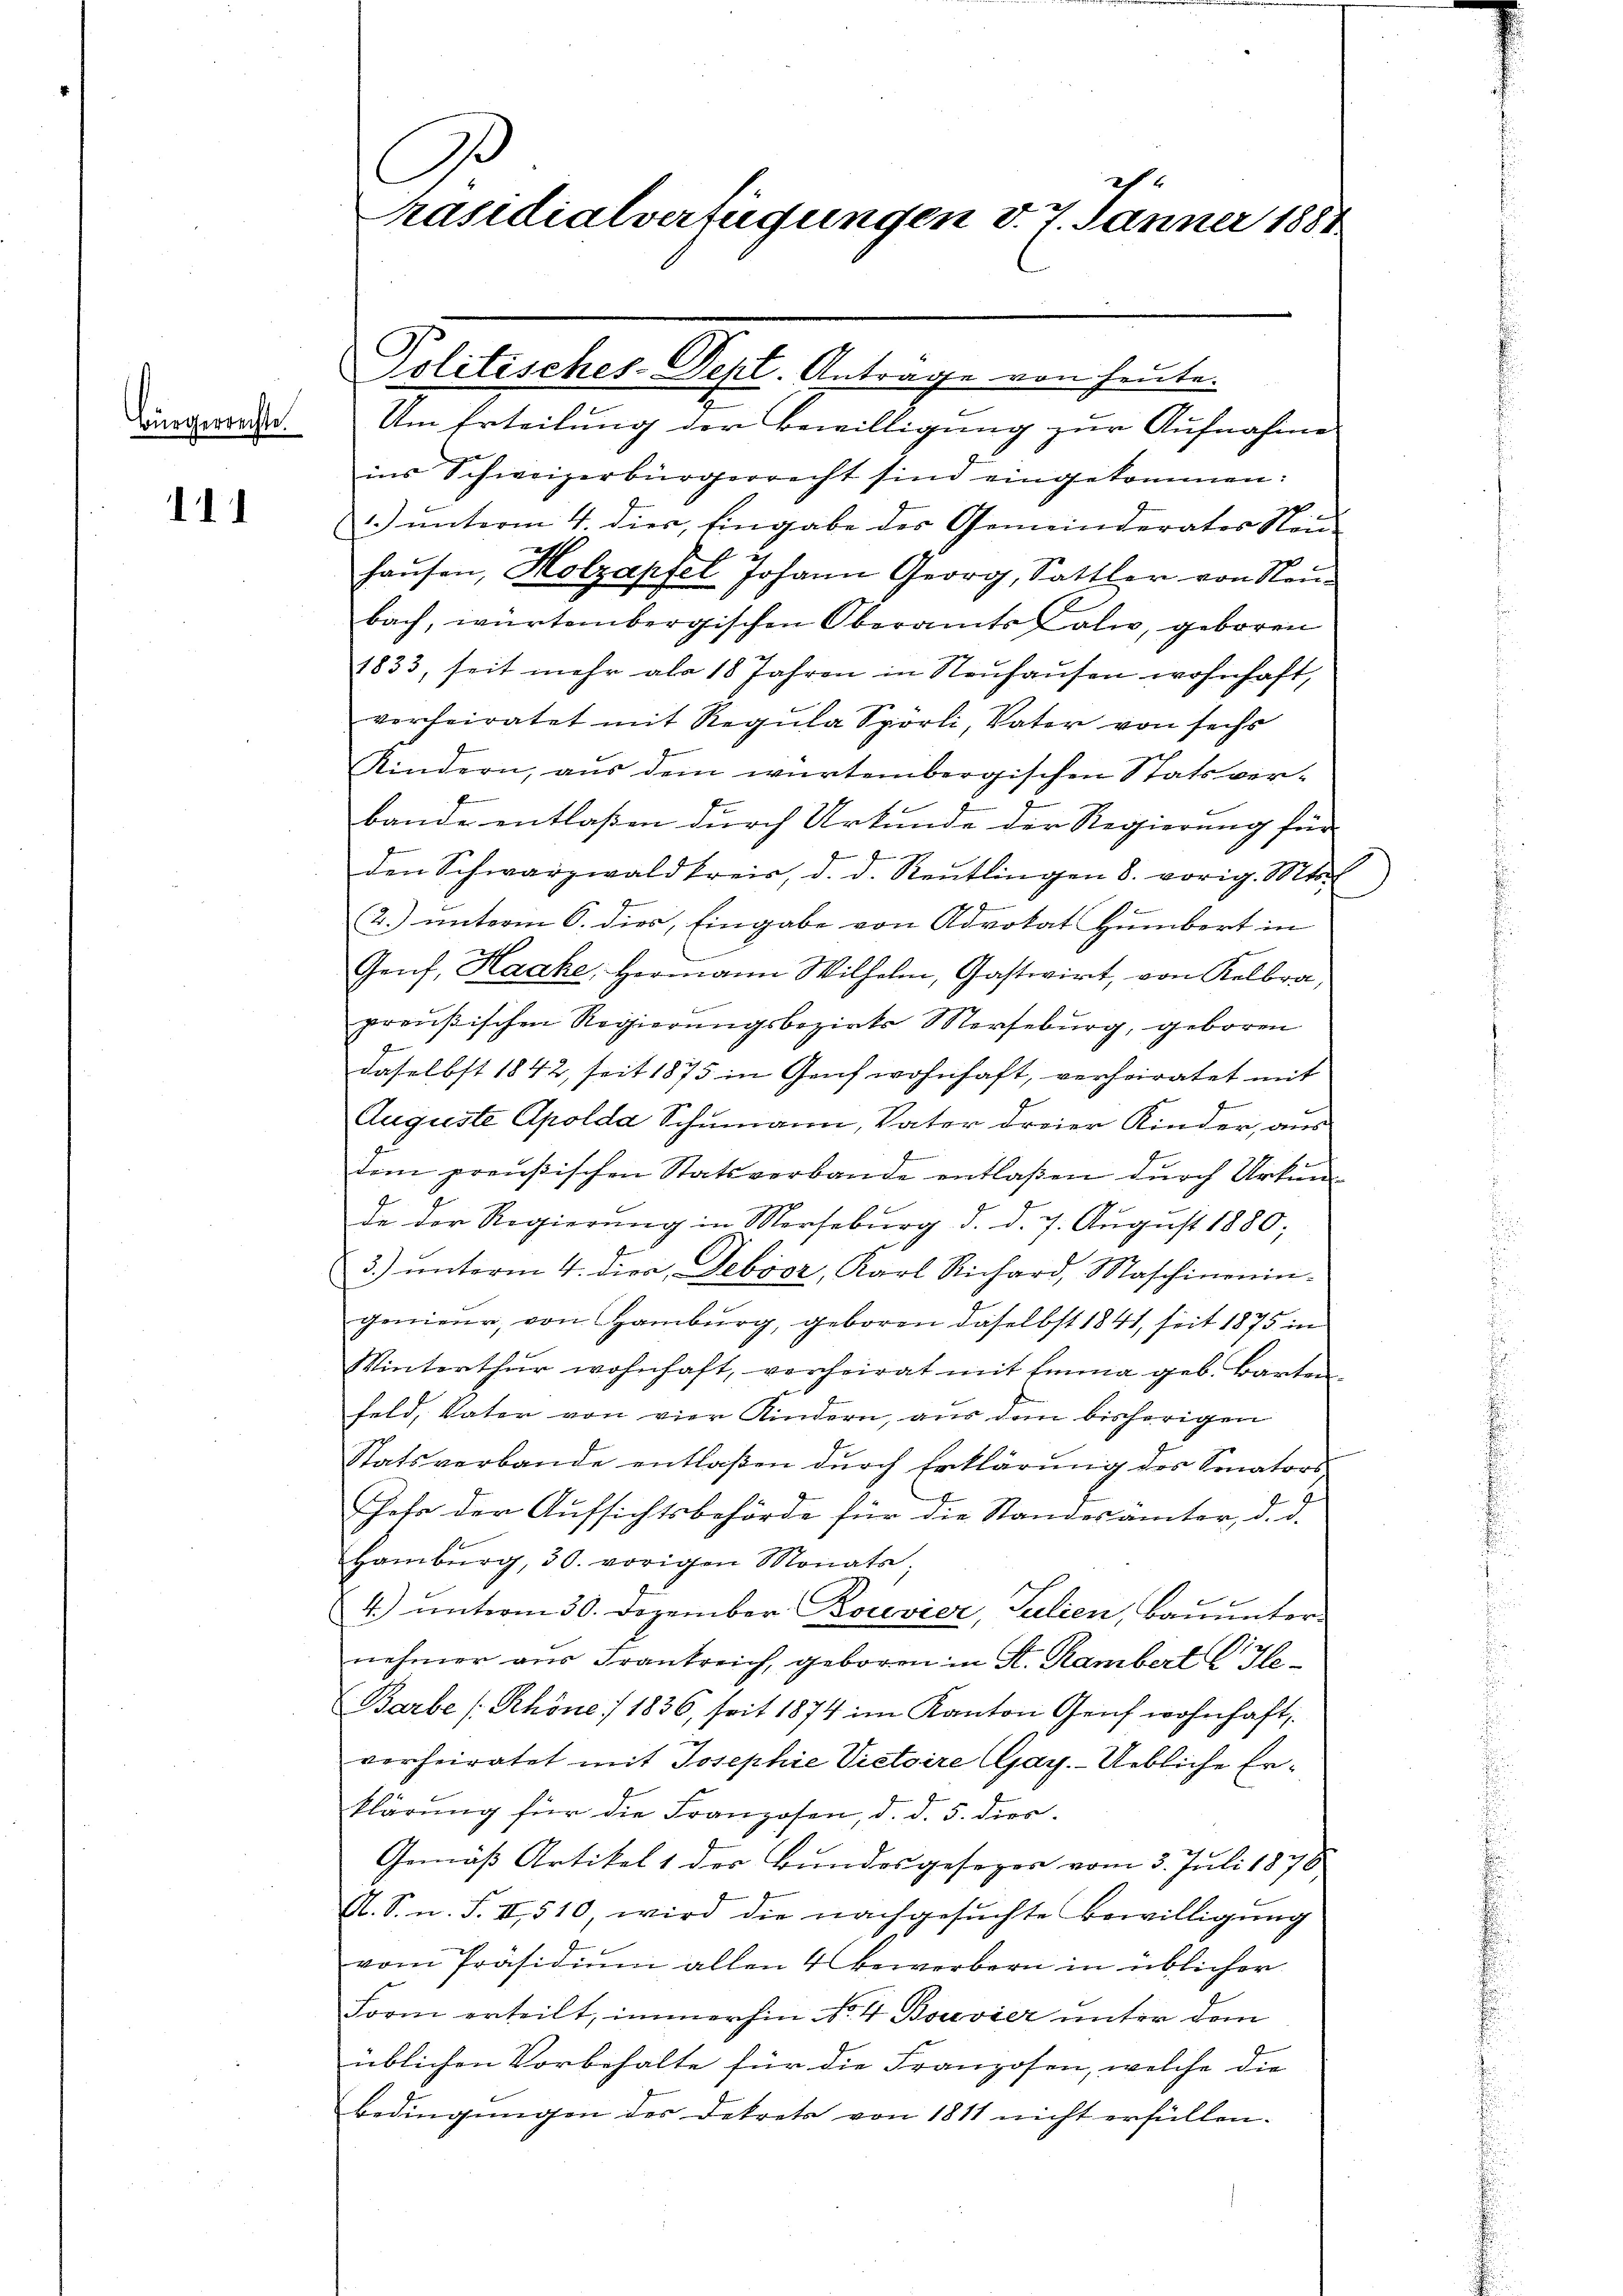
Bürgerrechte.

111

Um Erteilung der Bewilligung zur Aufnahme
ins Schweizerbürgerrecht sind eingekommen:
1) unterm 4. dies, Eingabe des Gemeinderates Neu-
haŭsen, Holzapfel Johann Georg, Sattler von Neŭ-
bach, würtembergischen Oberamts Cali, geboren
1833, seit mehr als 18 Jahren in Neuhausen wohnhaft,
verheiratet mit Regula Spörli, Vater von sechs
Kindern, aus dem würtembergischen Statsver-
e
bande entlassen durch Urkunde der Regierung für
.
den Schwarzwaldkreis, d. d. Reutlingen 8. vorig. Mts
2.) unterm 6. dies, Eingabe von Advokat Humbert in
Genf, Haake, Hermann Wilhelm, Gastwirt, von Kelbra,
preußischen Regierungsbezirks Merseburg, geboren
z
daselbst 1842, seit 1875 in Genf wohnhaft, verheiratet mit
Auguste Apolda Schumann, Vater dreier Kinder, aus
dem preußischen Statsverbande entlaßen durch Urkun¬
De der Regierŭng in Merseburg d. d. 7. August 1880;
3) ŭnterm 4. die Deboor, Karl Richard, Maschinenin-
genieur, von Hamburg, geboren daselbst 1841, seit 1875 in
Winterthur wohnhaft, verheirat mit Emma geb. Barten
feld, Vater von vier Kindern, aus dem bisherigen
Statsverbande entlaßen durch Erklärung des Senators
Gehe der Aufsichtsbehörde für die Standesämter, d. d.
Hamburg, 30. vorigen Monats;
4. ŭnterm 30. Dezember Bouvier, Julien, Baŭŭnter-
nehmer aus Frankreich, geboren in St. Rambert C. He¬
Barbe (Rhöne / 1836, seit 1874 im Kanton Genf wohnhaft,
verheiratet mit Josephie Vietoire (Gay.-Uebliche Erklärung für die Franzosen, d. d. 5. dies
Gemäß Artikel 1 des Bundesgesezes vom 3. Juli 1876
A. S. n. F. II, 510, wird die nachgesuchte Bewilligung
vom Präsidium allen 4 Bewerbern in üblicher
Form erteilt, immerhin No. 4 Bouvier unter dem
üblichen Vorbehalte für die Franzosen, welche die
bedingungen der Dekrets von 1811 nicht erfüllen.
.

C
räsidialverfügungen d. 7. Jänner 1881

Politisches-Dekt. Antrage von heute.